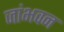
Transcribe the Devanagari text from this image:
जांभवन